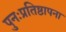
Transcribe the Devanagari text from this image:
पुनःप्रतिष्ठापना